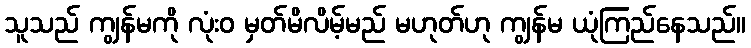
သူသည် ကျွန်မကို လုံးဝ မှတ်မိလိမ့်မည် မဟုတ်ဟု ကျွန်မ ယုံကြည်နေသည်။